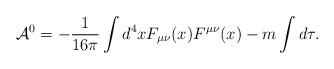
LaTeX: \begin{align*}{\cal A}^0 = -\frac{1}{16 \pi} \int d^4x F_{\mu\nu}(x) F^{\mu\nu}(x) - m \int d\tau.\end{align*}